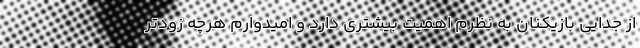
از جدایی بازیکنان به نظرم اهمیت بیشتری دارد و امیدوارم هرچه زودتر